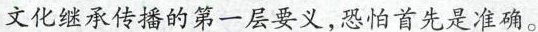
文化继承传播的第一层要义，恐怕首先是准确。